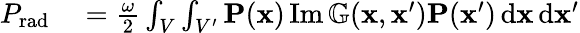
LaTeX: \begin{array}{rl}{P_{\mathrm{rad}}}&{{}=\frac{\omega}{2}\int_{V}\int_{V^{\prime}}\mathbf{P}(\mathbf{x})\operatorname{Im}\mathbb{G}(\mathbf{x},\mathbf{x}^{\prime})\mathbf{P}(\mathbf{x}^{\prime})\, \mathrm{d}\mathbf{x}\, \mathrm{d}\mathbf{x}^{\prime}}\end{array}